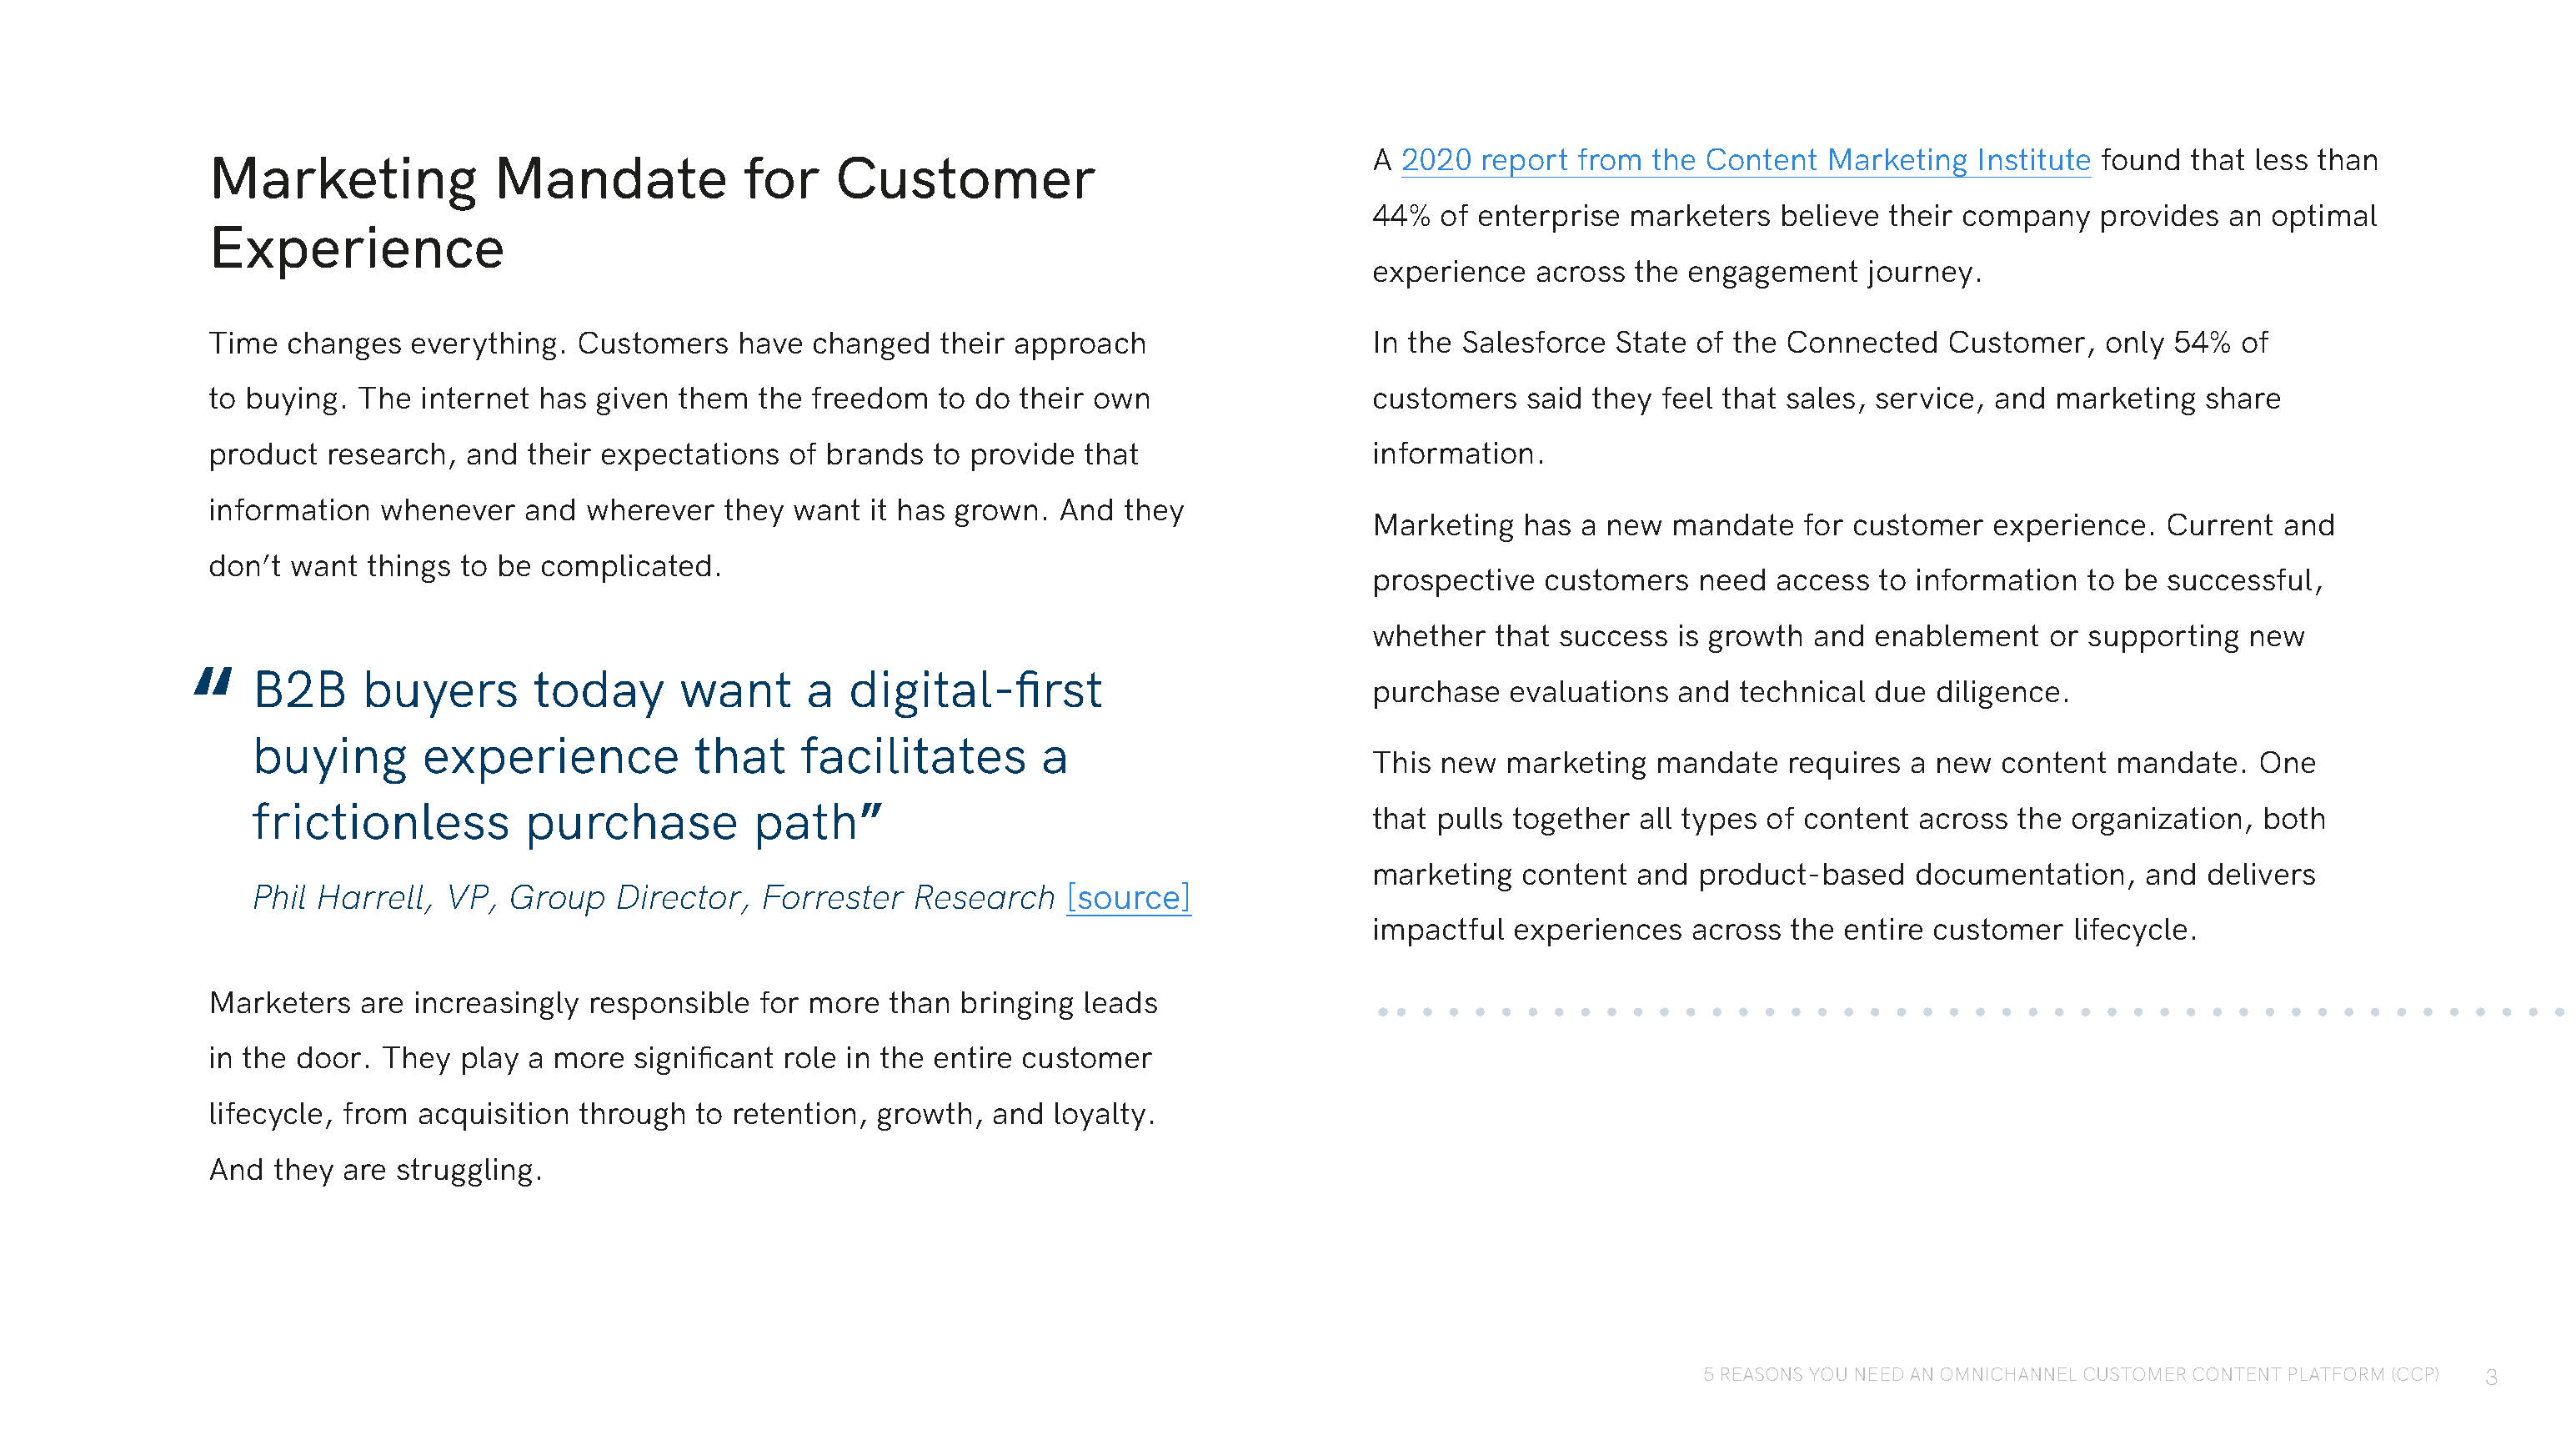
A 2020   report from  the Content   Marketing   Institute found  that less than
 Marketing             Mandate             for    Customer
 44%  of enterprise  marketers   believe  their company    provides  an optimal
 Experience
 experience   across  the engagement    journey.
 Time  changes   everything.  Customers    have  changed   their approach                    In the Salesforce  State  of the Connected    Customer,   only  54%  of
 to buying. The  internet  has given  them  the freedom   to do  their own                   customers   said they  feel that sales, service, and  marketing   share
 product  research,  and  their expectations   of brands  to provide  that                   information.
 information  whenever    and  wherever  they  want  it has grown.  And  they
 Marketing   has a new   mandate   for customer   experience.   Current  and
 don’t want  things  to be complicated.
 prospective   customers   need  access  to information   to be successful,
 whether   that success  is growth  and  enablement    or supporting   new
 “
 B2B      buyers       today       want      a  digital-first
 purchase   evaluations  and  technical  due  diligence.
 buying        experience           that     facilitates        a
 This new   marketing  mandate    requires  a new  content  mandate.   One
 frictionless          purchase          path”                                            that pulls together  all types of content  across  the organization,   both
 marketing   content  and  product-based    documentation,    and  delivers
 Phil Harrell,  VP,  Group    Director,  Forrester    Research    [source]
 impactful  experiences   across  the entire customer    lifecycle.
 Marketers   are increasingly  responsible  for more   than bringing  leads
 in the door. They   play a more  significant role in the entire customer
 lifecycle, from acquisition  through  to retention,  growth,  and  loyalty.
 And  they are struggling.
 5 REASONS YOU NEED AN OMNICHANNEL CUSTOMER CONTENT PLATFORM (CCP) 3